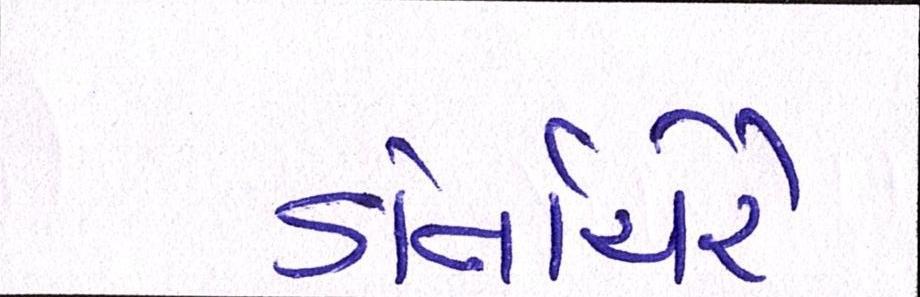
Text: ડોર્નાચેરે